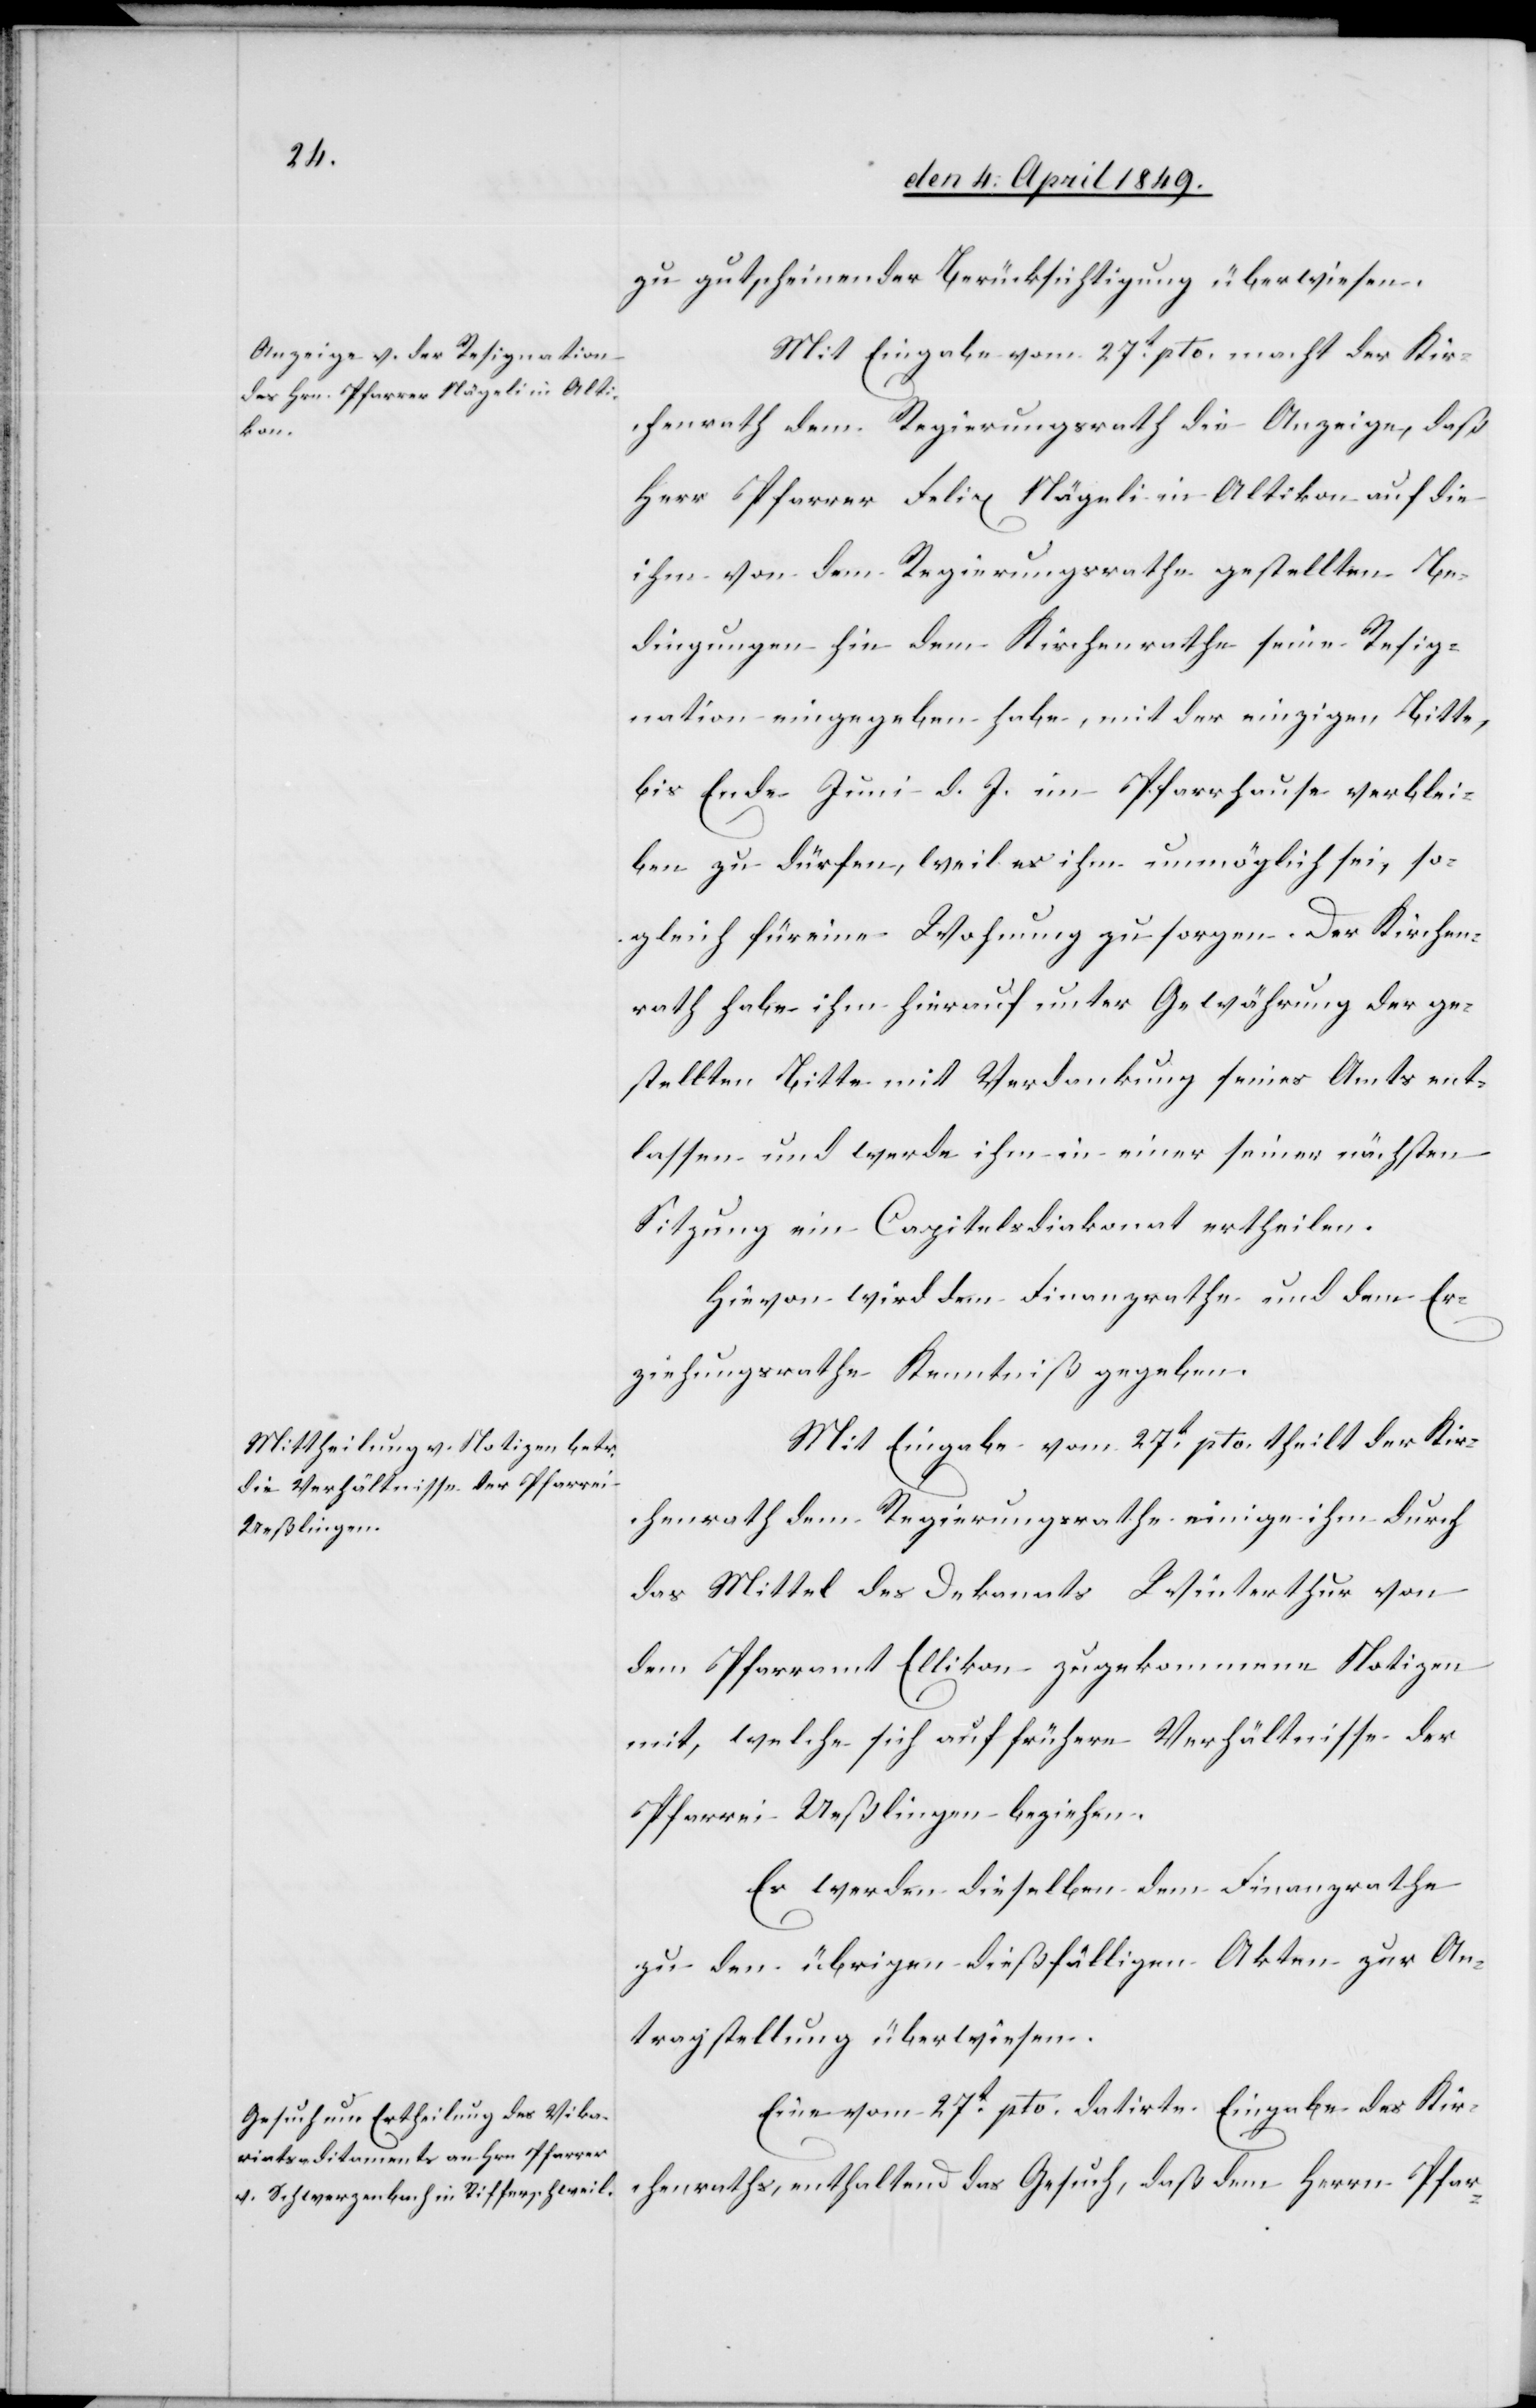
zu gutscheinender Berücksichtigung überwiesen.
Mit Eingabe vom 27t pto. macht der Kir¬
chenrath dem Regierungsrath die Anzeige, daß
Herr Pfarrer Felix Nägeli in Altikon auf die
ihm von dem Regierungsrathe gestellten Be¬
dingungen hin dem Kirchenrathe seine Resig¬
nation eingegeben habe, mit der einzigen Bitte,
bis Ende Juni d. J. im Pfarrhause verblei¬
ben zu dürfen, weil es ihm unmöglich sei, so¬
gleich für eine Wohnung zu sorgen. Der Kirchen¬
rath habe ihm [sic!] hierauf unter Gewährung der ge¬
stellten Bitte mit Verdankung seines Amts ent¬
lassen und werde ihm in einer seiner nächsten
Sitzung ein Capiteldiakonat ertheilen.
Hievon wird dem Finanzrathe und dem Er¬
ziehungsrathe Kenntniß gegeben.
Mit Eingabe vom 27t pto. theilt der Kir¬
chenrath dem Regierungsrathe einige ihm durch
das Mittel des Dekanats Winterthur von
dem Pfarramt Ellikon zugekommene Notizen
mit, welche sich auf frühere Verhältnisse der
Pfarrei Ueßlingen beziehen.
Es werden dieselben dem Finanzrathe
zu den übrigen dießfälligen Akten zur An¬
tragstellung überwiesen.
Eine vom 27t pto. datirte Eingabe des Kir¬
chenrathes, enthaltend das Gesuch, daß dem Herrn Pfar-